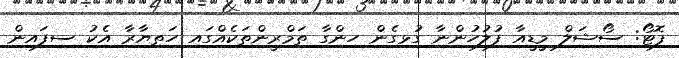
ފޮޓޯ: ސޯޝަލް މީޑީއާ ފުލުހުންނާ ގުޅިގެން ހިންގާ ތަމްރީންތަކެއްގައި ހަތިޔާރާ އެކު ސިފައިން